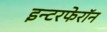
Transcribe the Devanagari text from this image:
इन्टरफेरॉन